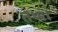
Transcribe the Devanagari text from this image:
तथ्य।